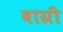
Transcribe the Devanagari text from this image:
बाग्री